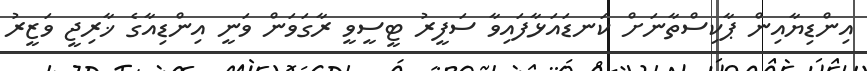
އިންޑިޔާއިން ޕާކިސްތާނަށް ކަނޑައަޅާފައިވާ ސަފީރު ޓީސީވީ ރާގަވަން ވަނީ އިންޑިއާގެ ޚާރިޖީ ވަޒީރު